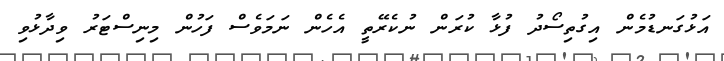
އަޅުގަނޑުމެން އިގުތިސޯދު ފުޅާ ކުރަން ނުކެރޭތީ އެހެން ނަމަވެސް ފަހުން މިނިސްޓަރު ވިދާޅުވި